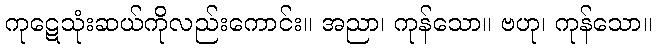
ကုဋေသုံးဆယ်ကိုလည်းကောင်း။ အညာ၊ ကုန်သော။ ဗဟု၊ ကုန်သော။